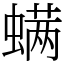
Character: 螨